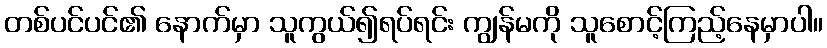
တစ်ပင်ပင်၏ နောက်မှာ သူကွယ်၍ရပ်ရင်း ကျွန်မကို သူစောင့်ကြည့်နေမှာပါ။